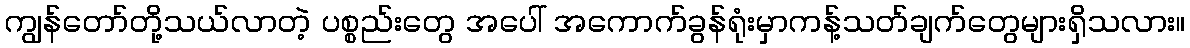
ကျွန်တော်တို့သယ်လာတဲ့ ပစ္စည်းတွေ အပေါ် အကောက်ခွန်ရုံးမှာကန့်သတ်ချက်တွေများရှိသလား။